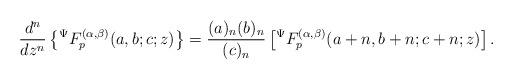
LaTeX: \begin{align*}\frac{d^{n}}{dz^{n}}\left\lbrace {}^{\Psi}F_{p}^{(\alpha,\beta)}(a,b;c;z)\right\rbrace =\frac{(a)_{n}(b)_{n}}{(c)_{n}}\left[ {}^{\Psi}F_{p}^{(\alpha,\beta)}(a+n,b+n;c+n;z)\right].\end{align*}